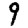
Digit: 9